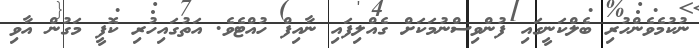
ނުކުމެވެންހުރި ބެލްކަނީގައި ފުންވިސްނުމަކަށް ގެއްލިފައި ނާއިފް ހުއްޓެވެ. އަތުގައިހުރި ކޮފީ މަގުން އާވި